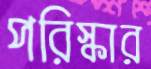
পরিস্কার